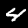
Digit: 4